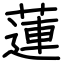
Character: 蓮